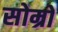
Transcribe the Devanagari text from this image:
सोम्रो